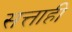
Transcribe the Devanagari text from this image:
सत्ताही